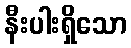
နီးပါးရှိသော